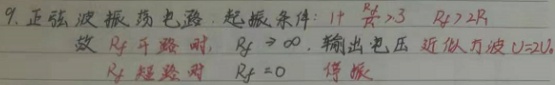
9. 正弦波振荡电路：起振条件：\(1 + \frac{R_f}{R_1}> 3\)，即\(R_f>2R_1\)。故 \(R_f\) 开路时，\(R_f\to\infty\)，输出电压近似为方波 \(U = \pm U_Z\)；\(R_f\) 短路时，\(R_f = 0\)，停振。